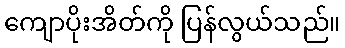
ကျောပိုးအိတ်ကို ပြန်လွယ်သည်။